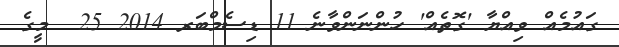
ގައުމެއް ވިއްޔާ 'ގޮތެއް' ހުންނަންވާނެ 11 ޑިސެމްބަރ 2014 25  މީގެ